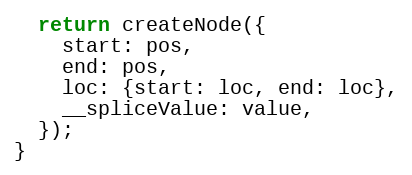
Language: JavaScript
  return createNode({
    start: pos,
    end: pos,
    loc: {start: loc, end: loc},
    __spliceValue: value,
  });
}